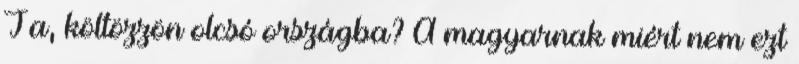
Ja, költözzön olcsó országba? A magyarnak miért nem ezt